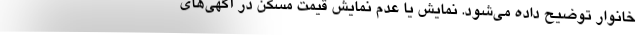
خانوار توضیح داده می‌شود. نمایش یا عدم نمایش قیمت مسکن در آگهی‌های